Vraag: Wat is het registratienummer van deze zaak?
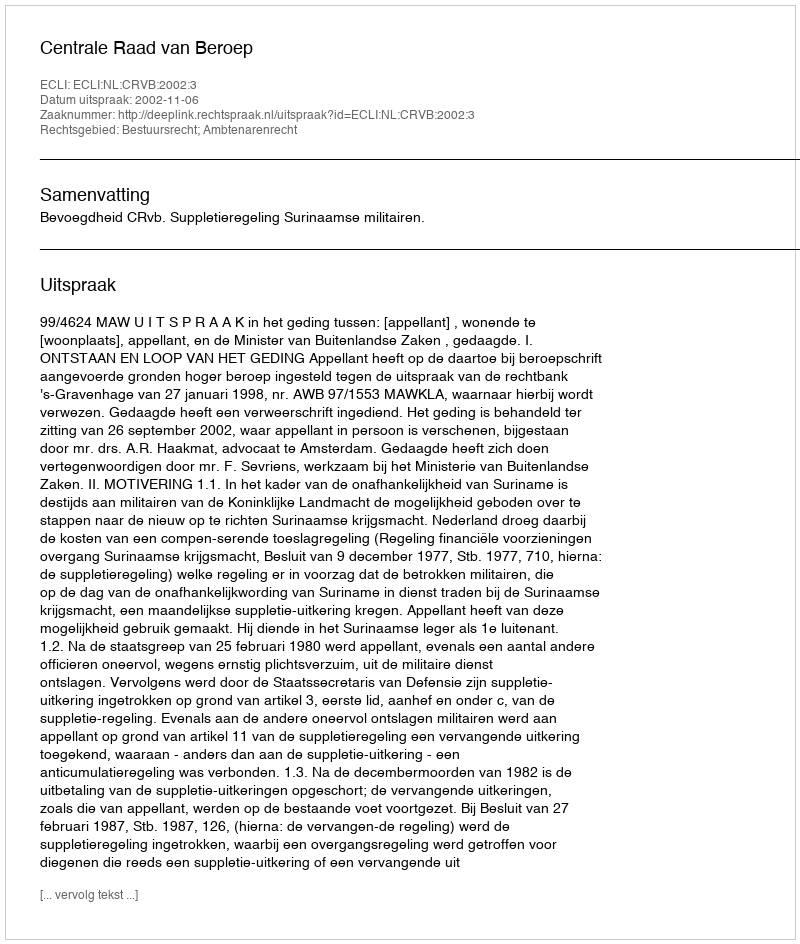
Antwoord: http://deeplink.rechtspraak.nl/uitspraak?id=ECLI:NL:CRVB:2002:3